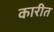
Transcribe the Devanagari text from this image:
कारीत